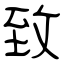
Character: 致